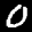
Label: 0